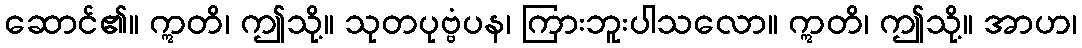
ဆောင်၏။ ဣတိ၊ ဤသို့။ သုတပုဗ္ဗံပန၊ ကြားဘူးပါသလော။ ဣတိ၊ ဤသို့။ အာဟ၊